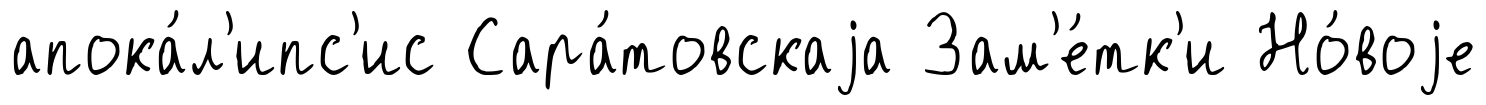
апока́л'ипс'ис Сара́товскаjа Зам'е́тк'и Но́воjе